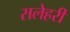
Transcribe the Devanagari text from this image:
सलेहरी